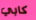
كابي